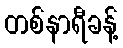
တစ်နာရီခန့်